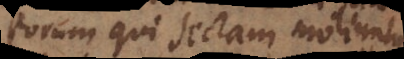
eorum qui sectam moliuntur